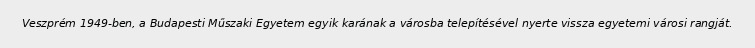
Veszprém 1949-ben, a Budapesti Műszaki Egyetem egyik karának a városba telepítésével nyerte vissza egyetemi városi rangját.